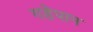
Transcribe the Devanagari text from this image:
गडेपान